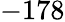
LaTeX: -178